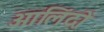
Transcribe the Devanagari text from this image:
आलिंदों